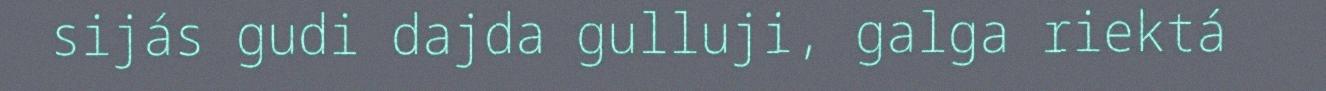
sijás gudi dajda gulluji, galga riektá